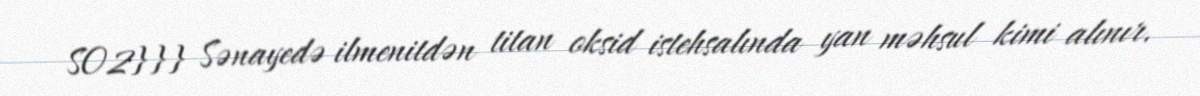
SO2}}} Sənayedə ilmenitdən titan oksid istehsalında yan məhsul kimi alınır.